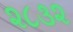
૨૮૩૨